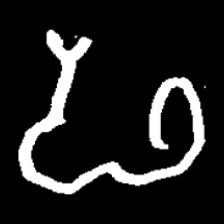
Pyu character \u2014 Myanmar letter: ဖ (romanized: pha)